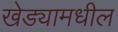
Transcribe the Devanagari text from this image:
खेड्यामधील